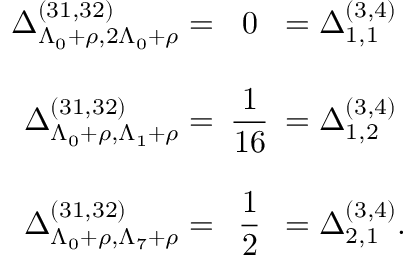
\begin{array} { r c l } { { \Delta _ { \Lambda _ { 0 } + \rho , 2 \Lambda _ { 0 } + \rho } ^ { ( 3 1 , 3 2 ) } = } } & { { \! \! \! 0 \! \! \! } } & { { = \Delta _ { 1 , 1 } ^ { ( 3 , 4 ) } } } \\ { { } } & { { } } & { { } } \\ { { \Delta _ { \Lambda _ { 0 } + \rho , \Lambda _ { 1 } + \rho } ^ { ( 3 1 , 3 2 ) } = } } & { { \displaystyle \! \! \! \frac { 1 } { 1 6 } \! \! \! } } & { { = \Delta _ { 1 , 2 } ^ { ( 3 , 4 ) } } } \\ { { } } & { { } } & { { } } \\ { { \Delta _ { \Lambda _ { 0 } + \rho , \Lambda _ { 7 } + \rho } ^ { ( 3 1 , 3 2 ) } = } } & { { \displaystyle \! \! \! \frac { 1 } { 2 } \! \! \! } } & { { = \Delta _ { 2 , 1 } ^ { ( 3 , 4 ) } . } } \end{array}